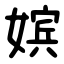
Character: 嫔